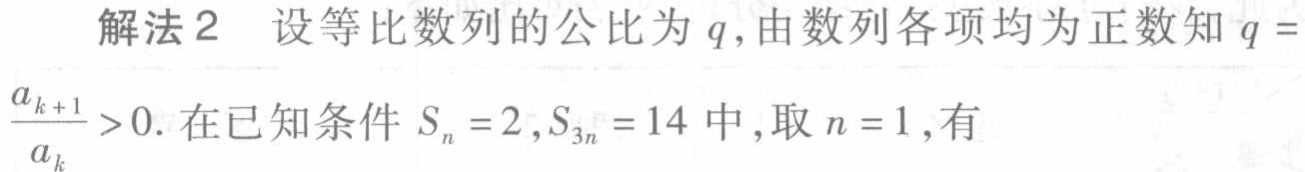
解法2 设等比数列的公比为\(q\)，由数列各项均为正数知\(q = \frac{a_{k + 1}}{a_{k}}>0\). 在已知条件\(S_{n}=2,S_{3n}=14\)中，取\(n = 1\)，有